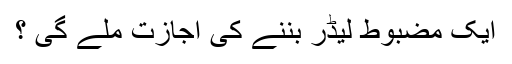
ایک مضبوط لیڈر بننے کی اجازت ملے گی ؟